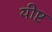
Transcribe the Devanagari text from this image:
यीष्ट